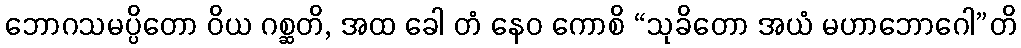
ဘောဂသမပ္ပိတော ဝိယ ဂစ္ဆတိ, အထ ခေါ တံ နေဝ ကောစိ “သုခိတော အယံ မဟာဘောဂေါ”တိ